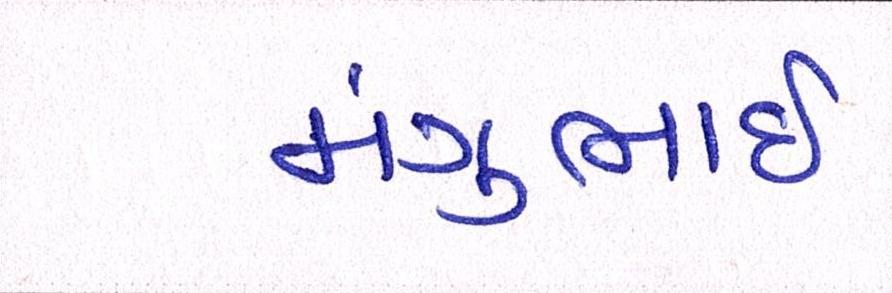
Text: મંગુભાઇ